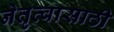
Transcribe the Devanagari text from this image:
नेतृत्वासाठी